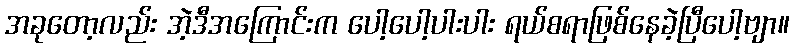
အခုတော့လည်း အဲ့ဒီအကြောင်းက ပေါ့ပေါ့ပါးပါး ရယ်စရာဖြစ်နေခဲ့ပြီပေါ့ဗျာ။